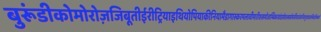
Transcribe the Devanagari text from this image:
बुरूंडीकोमोरोज़जिबूतीईरीट्रियाइथियोपियाकीनियामैडागास्करमलावीमारीशसमोजाम्बिकरवांडासेशल्ससोमालियातंजानियायुगांडाजाम्बियाज़िम्बाबवे